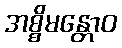
အစ္စိမန္တောဝ